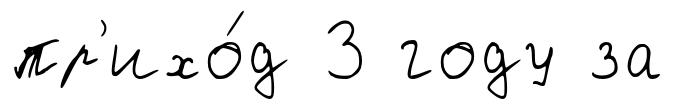
пр'ихо́д 3 году за